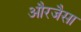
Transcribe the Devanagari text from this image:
औरजैसा